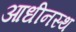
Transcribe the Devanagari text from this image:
आधीनस्थ